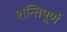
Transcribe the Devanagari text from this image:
शन्तिपूर्ण